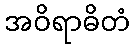
အဝိရာဓိတံ